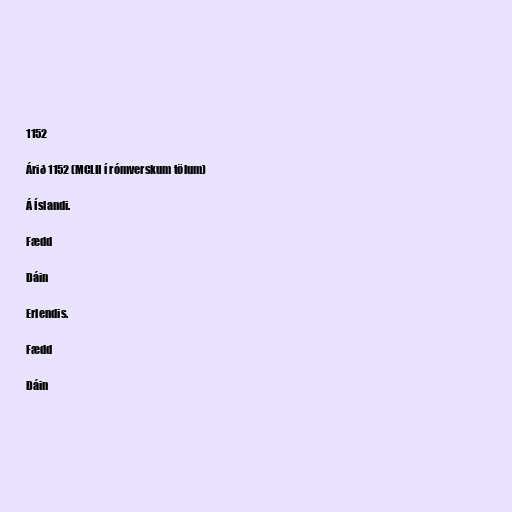
1152

Árið 1152 (MCLII í rómverskum tölum)

Á Íslandi.

Fædd

Dáin

Erlendis.

Fædd

Dáin